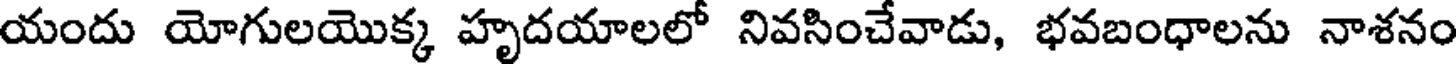
యందు యోగులయొక్క హృదయాలలో నివసించేవాడు, భవబంధాలను నాశనం